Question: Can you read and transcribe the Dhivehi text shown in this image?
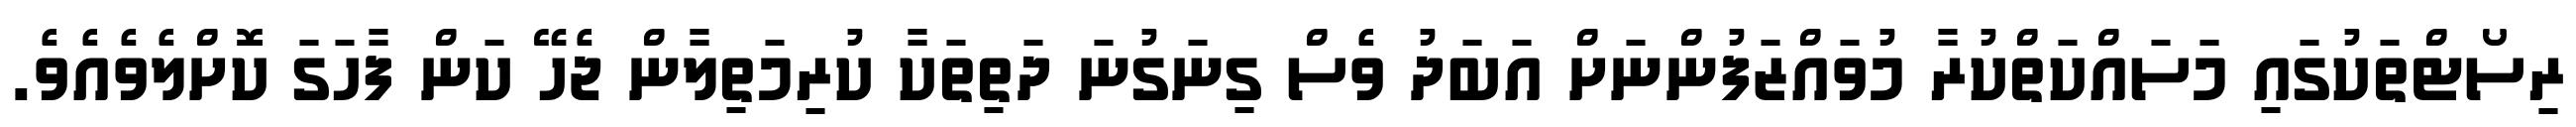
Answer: ރިސޯޓްތަކުގައި މަސައްކަތްކުރާ މުވައްޒަފުންނަށް އަބަދު ވެސް ގިނަގުނަ ދަތިތަކާ ކުރިމަތިލާން ޖެހޭ ކަން ފާހަގަ ކޮށްލެވެއެވެ.